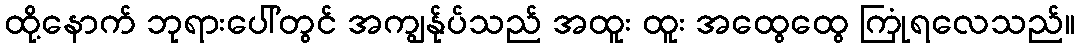
ထို့နောက် ဘုရားပေါ်တွင် အကျွန်ုပ်သည် အထူး ထူး အထွေထွေ ကြုံရလေသည်။